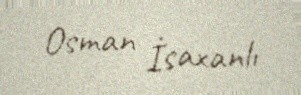
Osman İsaxanlı